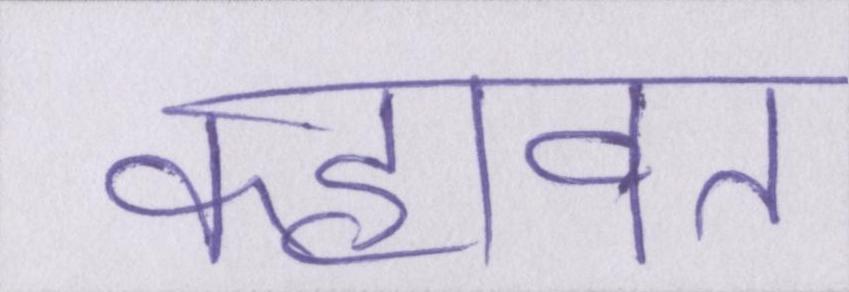
कहावत